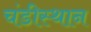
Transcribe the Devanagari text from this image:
चंडीस्थान